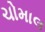
ચોમાલ